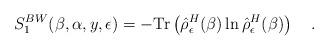
\begin{align*}S_1^{BW}(\beta,\alpha,y,\epsilon)=-\mbox{Tr}\left(\hat{\rho}^H_\epsilon(\beta)\ln\hat{\rho}^H_\epsilon(\beta)\right)~~~.\end{align*}